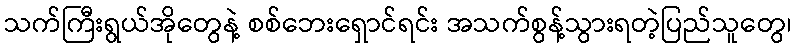
သက်ကြီးရွယ်အိုတွေနဲ့ စစ်ဘေးရှောင်ရင်း အသက်စွန့်သွားရတဲ့ပြည်သူတွေ၊